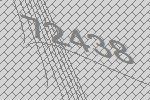
72438